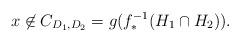
LaTeX: \begin{align*} x \not\in C_{D_1,D_2} = g(f_*^{-1}(H_1 \cap H_2)).\end{align*}